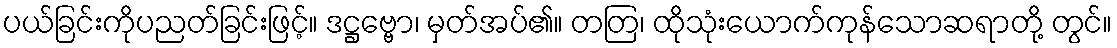
ပယ်ခြင်းကိုပညတ်ခြင်းဖြင့်။ ဒဋ္ဌဗ္ဗော၊ မှတ်အပ်၏။ တတြ၊ ထိုသုံးယောက်ကုန်သောဆရာတို့ တွင်။